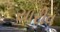
યારીવ